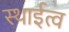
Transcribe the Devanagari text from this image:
स्थाईत्व